Malarial fevers
Disease focus: Malaria
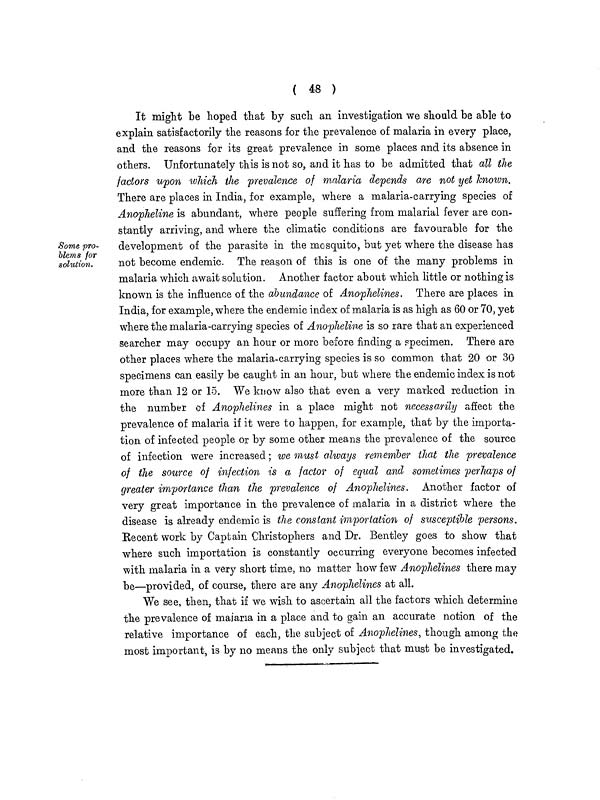
( 48 )
Some pro-
blems for
solution.
It might be hoped that by such an investigation we should be able to
explain satisfactorily the reasons for the prevalence of malaria in every place,
and the reasons for its great prevalence in some places and its absence in
others. Unfortunately this is not so, and it has to be admitted that all the
factors upon which the prevalence of malaria depends are not yet known.
There are places in India, for example, where a malaria-carrying species of
Anopheline is abundant, where people suffering from malarial fever are con-
stantly arriving, and where the climatic conditions are favourable for the
development of the parasite in the mosquito, but yet where the disease has
not become endemic. The reason of this is one of the many problems in
malaria which await solution. Another factor about which little or nothing is
known is the influence of the abundance of Anophelines. There are places in
India, for example, where the endemic index of malaria is as high as 60 or 70, yet
where the malaria-carrying species of Anopheline is so rare that an experienced
searcher may occupy an hour or more before finding a specimen. There are
other places where the malaria-carrying species is so common that 20 or 30
specimens can easily be caught in an hour, but where the endemic index is not
more than 12 or 15. We know also that even a very marked reduction in
the number of Anophelines in a place might not necessarily affect the
prevalence of malaria if it were to happen, for example, that by the importa-
tion of infected people or by some other means the prevalence of the source
of infection were increased; we must always remember that the prevalence
of the source of infection is a factor of equal and sometimes perhaps of
greater importance than the prevalence of Anophelines. Another factor of
very great importance in the prevalence of malaria in a district where the
disease is already endemic is the constant importation of susceptible persons.
Recent work by Captain Christophers and Dr. Bentley goes to show that
where such importation is constantly occurring everyone becomes infected
with malaria in a very short time, no matter how few Anophelines there may
be—provided, of course, there are any Anophelines at all.
We see, then, that if we wish to ascertain all the factors which determine
the prevalence of malaria in a place and to gain an accurate notion of the
relative importance of each, the subject of Anophelines, though among the
most important, is by no means the only subject that must be investigated.